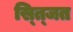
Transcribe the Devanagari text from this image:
स्त्जित